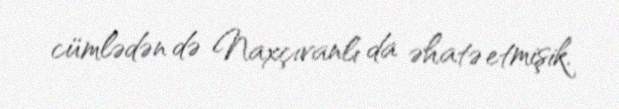
cümlədən də Naxçıvanlı da əhatə etmişik.